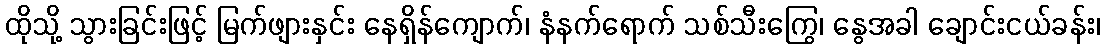
ထိုသို့ သွားခြင်းဖြင့် မြက်ဖျားနှင်း နေရှိန်ကျောက်၊ နံနက်ရောက် သစ်သီးကြွေ၊ နွေအခါ ချောင်းငယ်ခန်း၊